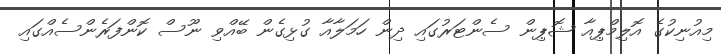
މިއުނިކުގެ އޮލިމްޕިއާ ޝޮޕިން ސެންޓަރުގައި ދިން ހަމަލާއާ ގުޅިގެން ބޭއްވި ނޫސް ކޮންފަރެންސެއްގައި